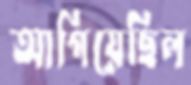
আগিয়েছিল